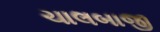
ચાલબાજી